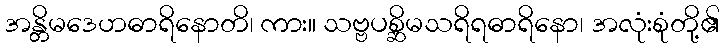
အန္တိမဒေဟဓာရိနောတိ၊ ကား။ သဗ္ဗပစ္ဆိမသရိရဓာရိနော၊ အလုံးစုံတို့၏